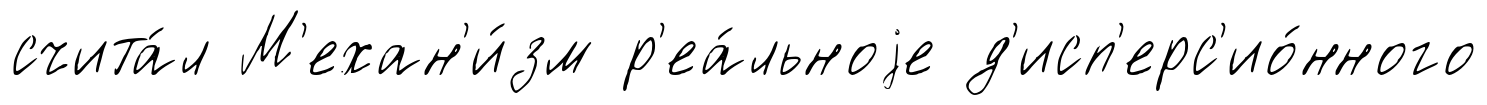
счита́л М'ехан'и́зм р'еа́льноjе д'исп'ерс'ио́нного